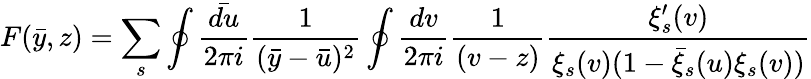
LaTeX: F(\bar{y},z)=\sum_{s}\oint\frac{\bar{du}}{2\pi i}\frac{1}{(\bar{y}-\bar{u})^{2}}\oint\frac{dv}{2\pi i}\frac{1}{(v-z)}\frac{\xi_{s}^{\prime}(v)}{\xi_{s}(v)(1-\bar{\xi}_{s}(u)\xi_{s}(v))}